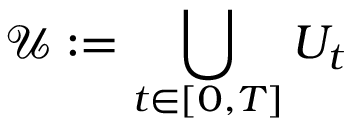
\mathcal { U } : = \bigcup _ { t \in [ 0 , T ] } U _ { t }